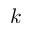
k